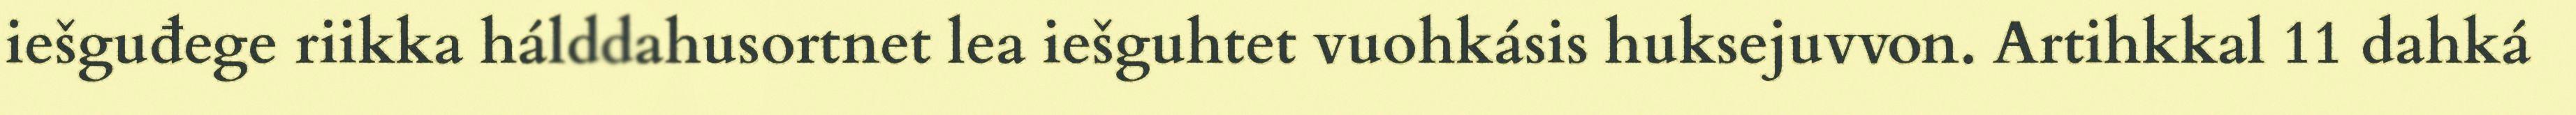
iešguđege riikka hálddahusortnet lea iešguhtet vuohkásis huksejuvvon. Artihkkal 11 dahká